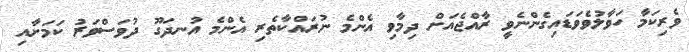
ވެރިކަމާ ހަވާލުވެވަޑައިގެންނެވީ ރާއްޖެއަށް ދިމާވި އެންމެ ނުރައްކާތެރި އެންމެ އުނދަގޫ ދުވަސްވަރު ކަމަށާއި